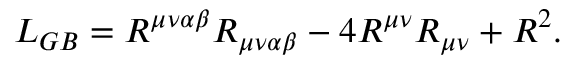
{ \cal L } _ { G B } = R ^ { \mu \nu \alpha \beta } R _ { \mu \nu \alpha \beta } - 4 R ^ { \mu \nu } R _ { \mu \nu } + R ^ { 2 } .